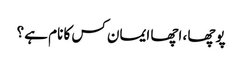
پوچھا ، اچھا ایمان کس کا نام ہے ؟